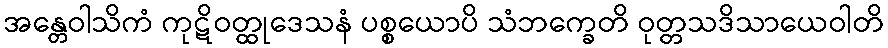
အန္တေဝါသိကံ ကုဋိဝတ္ထုဒေသနံ ပစ္စယောပိ သံဘက္ခေတိ ဝုတ္တသဒိသာယေဝါတိ